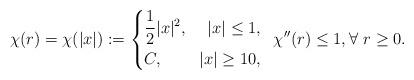
LaTeX: \begin{align*}\chi(r)=\chi(|x|):=\left\{\begin{aligned}&\frac{1}{2}|x|^2,& |x|\leq 1, \\&C,& |x|\geq 10,\end{aligned}\right.\,\,\,\chi^{\prime\prime}(r)\leq 1, \forall \,\, r \geq 0.\end{align*}